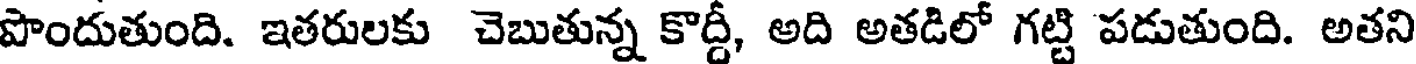
పొందుతుంది. ఇతరులకు చెబుతున్న కొద్దీ, అది అతడిలో గట్టి పడుతుంది. అతని